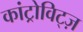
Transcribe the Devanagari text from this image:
कांट्रोविट्ज़